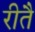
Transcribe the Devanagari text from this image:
रीतै